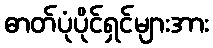
ဓာတ်ပုံပိုင်ရှင်များအား